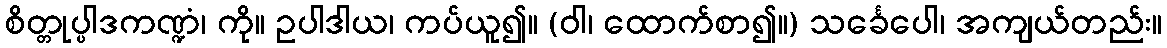
စိတ္တုပ္ပါဒကဏ္ဍံ၊ ကို။ ဥပါဒါယ၊ ကပ်ယူ၍။ (ဝါ၊ ထောက်စာ၍။) သင်္ခေပေါ၊ အကျယ်တည်း။